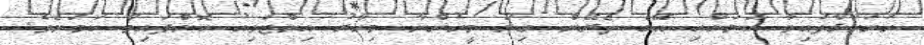
ހުށަހަޅާފައިވާ ކަމަށާއި އޭގެ ތެރޭން ގިނަ މީހުންނާ މިހާރު އިންޓަވިއު ކޮށްފައިވާ ކަމަށެވެ.